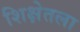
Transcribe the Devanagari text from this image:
शिक्षेतला